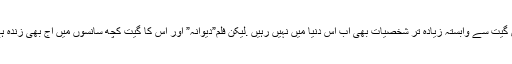
اس گیت سے وابستہ زیادہ تر شخصیات بھی اب اس دنیا میں نہیں رہیں .لیکن فلم”دیوانہ” اور اس کا گیت کچھ سانسوں میں آج بھی زندہ ہے۔